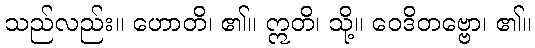
သည်လည်း။ ဟောတိ၊ ၏။ ဣတိ၊ သို့။ ဝေဒိတဗ္ဗော၊ ၏။